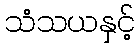
သံသယနှင့်